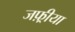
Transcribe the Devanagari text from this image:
जफ़्रीया